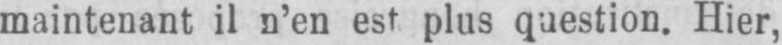
maintenant il n’en est plus question. Hier,